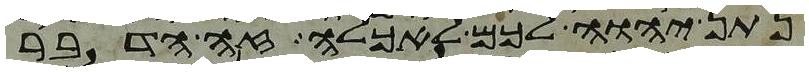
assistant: נתן יהוה לכם לאכלה זה הדבר